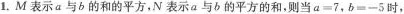
1.M表示a与b的和的平方，N表示a与b的平方的和，则当$$a = 7$$，$$b = - 5$$时，